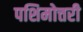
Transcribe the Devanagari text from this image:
पशिमोत्तरी